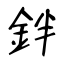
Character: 鉡